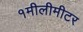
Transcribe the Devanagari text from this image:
१मीलीमीटर